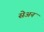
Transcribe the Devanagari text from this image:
सेअन